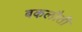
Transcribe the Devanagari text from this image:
बकलौती